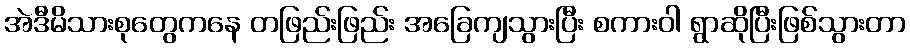
အဲဒီမိသားစုတွေကနေ တဖြည်းဖြည်း အခြေကျသွားပြီး စကားဝါ ရွာဆိုပြီးဖြစ်သွားတာ